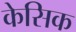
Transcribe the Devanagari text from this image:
केसिक